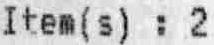
ITEM(S) : 2